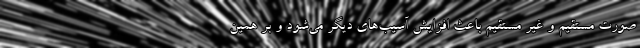
صورت مستقیم و غیر مستقیم باعث افزایش آسیب‌های دیگر می‌شود و بر همین